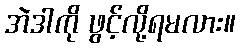
အဲဒါကို ဖွင့်လို့ရမလား။